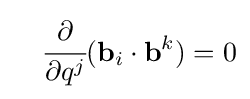
\quad {\cfrac {\partial }{\partial q^{j}}}(\mathbf {b} _{i}\cdot \mathbf {b} ^{k})=0